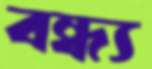
বন্ধ্য